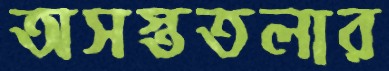
অসস্ততলার